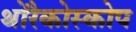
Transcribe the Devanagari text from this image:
थोरैकोस्कोप